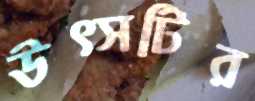
উত্সটির